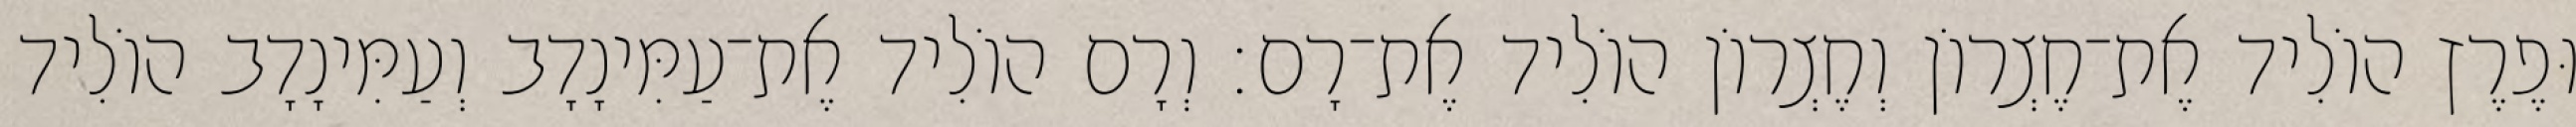
וּפֶרֶץ הוֹלִיד אֶת־חֶצְרוֹן וְחֶצְרוֹן הוֹלִיד אֶת־רָם׃ וְרָם הוֹלִיד אֶת־עַמִּינָדָב וְעַמִּינָדָב הוֹלִיד